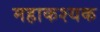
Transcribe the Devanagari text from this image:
महाकश्यक